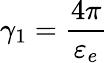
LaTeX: \gamma_{1}=\frac{4\pi}{\varepsilon_{e}}